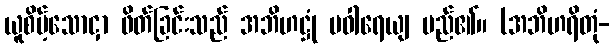
ယူစိမ့်သောငှာ ဖိတ်ခြင်းသည် အဘိဟဋ္ဌုံ ပဝါရေယျ မည်၏။ (အဘိဟရိတုံ-